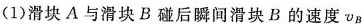
(1)滑块A与滑块B碰后瞬间滑块B的速度\upsilon _{B}